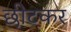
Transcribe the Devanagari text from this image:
छीटकर